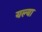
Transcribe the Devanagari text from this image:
यल्या